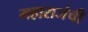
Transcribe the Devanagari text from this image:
महाराजंची